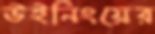
উইনিংয়ের